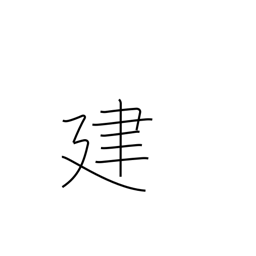
Meaning: build